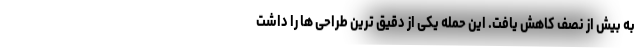
به بیش از نصف کاهش یافت. این حمله یکی از دقیق ترین طراحی ها را داشت